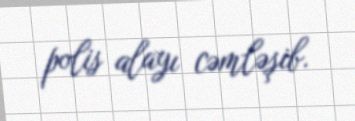
polis alayı cəmləşib.